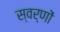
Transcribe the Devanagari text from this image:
स्वर्णों